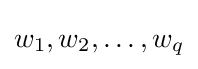
w_{1},w_{2},\dots ,w_{q}